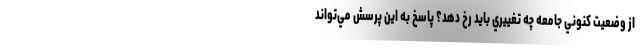
از وضعيت كنوني جامعه چه تغييري بايد رخ دهد؟ پاسخ به اين پرسش مي‌تواند